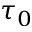
\tau _ { 0 }